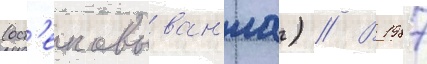
(ост'екловыван'иа) // В 1987